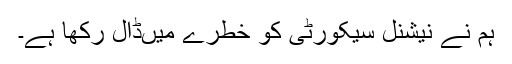
ہم نے نیشنل سیکورٹی کو خطرے میںڈال رکھا ہے۔